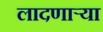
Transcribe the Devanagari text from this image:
लादणाऱ्या